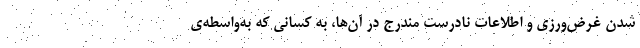
شدن غرض‌ورزی و اطلاعات نادرست مندرج در آن‌ها، به کسانی که به‌واسطه‌ی